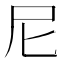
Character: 尼